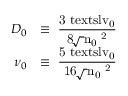
\begin{array} { r l } { D _ { 0 } } & { \equiv \mathrm { \small ~ \displaystyle \frac { 3 \ensuremath { \mathrm { \ t e x t s l { v } } _ 0 } } { 8 \! \sqrt { \pi } n _ 0 \sigma ^ 2 } ~ } } \\ { \nu _ { 0 } } & { \equiv \mathrm { \small ~ \displaystyle \frac { 5 \ensuremath { \mathrm { \ t e x t s l { v } } _ 0 } } { 1 6 \! \sqrt { \pi } n _ 0 \sigma ^ 2 } ~ } } \end{array}